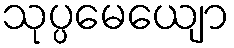
သုပ္ပမေယျော